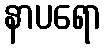
နာပရော